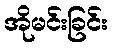
အိုမင်းခြင်း